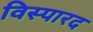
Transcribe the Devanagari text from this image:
विस्पारद